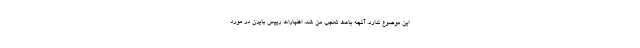
این موضوع ندارد. آنچه باعث تعجب من شد، اظهارات رییس بایرن در مورد